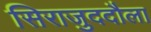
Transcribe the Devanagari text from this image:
सिराजुददौला